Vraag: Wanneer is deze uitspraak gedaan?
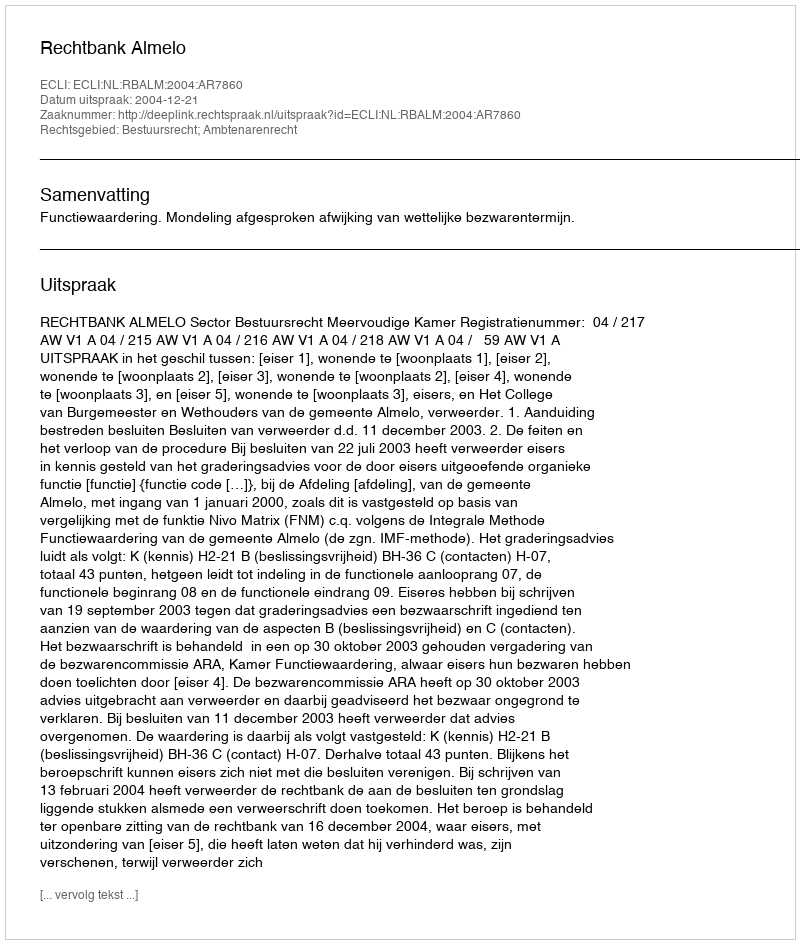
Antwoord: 2004-12-21